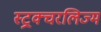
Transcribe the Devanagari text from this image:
स्ट्रक्चरलिज्म